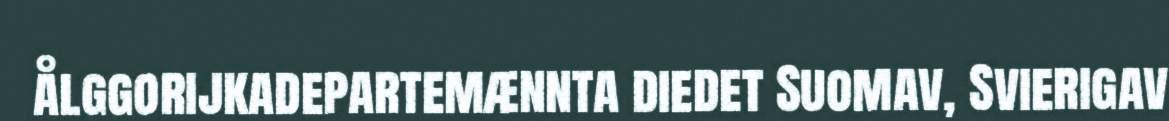
ålggorijkadepartemænnta diedet Suomav, Svierigav